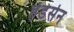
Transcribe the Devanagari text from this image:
हेंडेर्सन